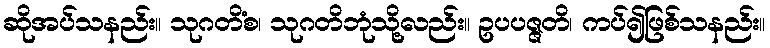
ဆိုအပ်သနည်း။ သုဂတိံစ၊ သုဂတိဘုံသို့လည်း။ ဥပပဇ္ဇတိ၊ ကပ်၍ဖြစ်သနည်း။